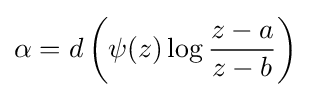
\alpha =d\left(\psi (z)\log {z-a \over z-b}\right)